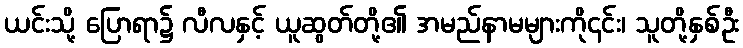
ယင်းသို့ ပြောရာ၌ လီလနှင့် ယူဆွတ်တို့၏ အမည်နာမများကို၎င်း၊ သူတို့နှစ်ဦး